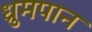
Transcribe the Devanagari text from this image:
ध्रुमपान